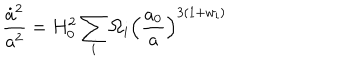
\frac { \dot { a } ^ { 2 } } { a ^ { 2 } } = H _ { 0 } ^ { 2 } \sum _ { i } \Omega _ { i } \left( \frac { a _ { 0 } } { a } \right) ^ { 3 ( 1 + w _ { i } ) }